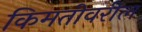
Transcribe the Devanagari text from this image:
किमतीवरील